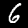
Label: 6